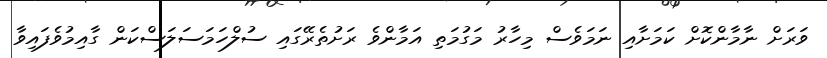
ވަރަށް ނާމާންކޮށް ކަމަށާއި ނަމަވެސް މިހާރު މަގުމަތި އަމާންވެ ރަށުތެރޭގައި ސުލްހަމަސަލަސްކަން ގާއިމުވެފައިވާ